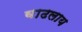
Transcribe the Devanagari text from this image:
वाढलाय